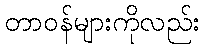
တာဝန်များကိုလည်း